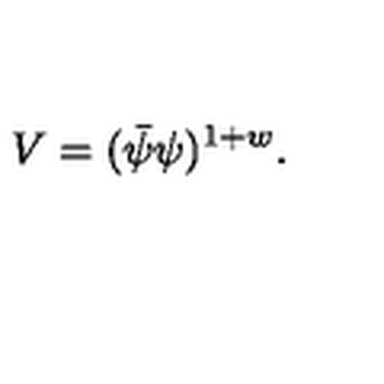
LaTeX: V = ( \bar { \psi } \psi ) ^ { 1 + w } .